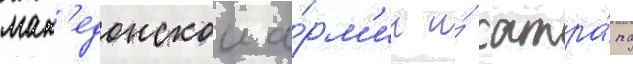
мак'едонскои а́рм'ии и́ сатра́па